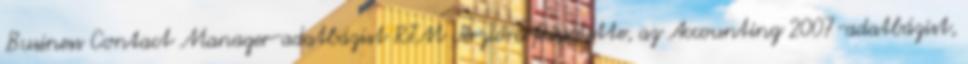
Business Contact Manager-adatbázist RTM verzióra frissítette, az Accounting 2007-adatbázist,